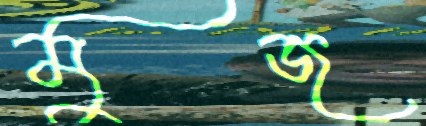
মুজ